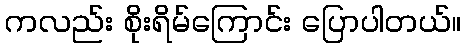
ကလည်း စိုးရိမ်ကြောင်း ပြောပါတယ်။